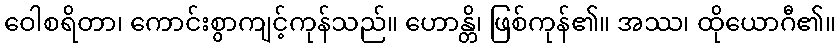
ဝေါစရိတာ၊ ကောင်းစွာကျင့်ကုန်သည်။ ဟောန္တိ၊ ဖြစ်ကုန်၏။ အဿ၊ ထိုယောဂီ၏။